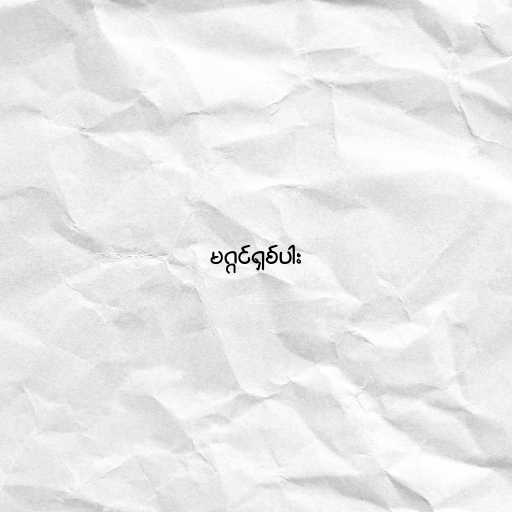
မဂ္ဂင်ရှစ်ပါး